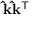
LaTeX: \mathbf { \hat { k } } \mathbf { \hat { k } } ^ { \mathsf { T } }